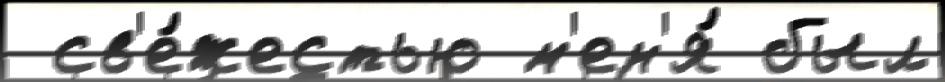
 св'е́жестью м'ен'я́ был